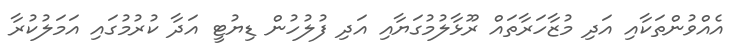
އެއްވުންތަކާއި އަދި މުޒާހަރާތައް ރޫޅާލުމުގަޔާއި އަދި ފުލުހުން ޑިޔުޓީ އަދާ ކުރުމުގައި އަމަލުކުރާ